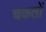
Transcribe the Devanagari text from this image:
चकतों